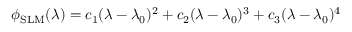
\phi _ { \mathrm { S L M } } ( \lambda ) = c _ { 1 } ( \lambda - \lambda _ { 0 } ) ^ { 2 } + c _ { 2 } ( \lambda - \lambda _ { 0 } ) ^ { 3 } + c _ { 3 } ( \lambda - \lambda _ { 0 } ) ^ { 4 }